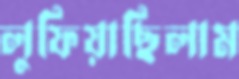
লুফিয়াছিলাম